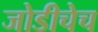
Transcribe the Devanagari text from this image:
जोडीचेच